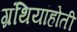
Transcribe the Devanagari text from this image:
ग्रंथियांहोती